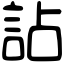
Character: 詀